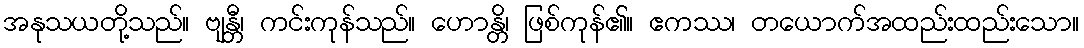
အနုသယတို့သည်။ ဗျန္တီ၊ ကင်းကုန်သည်။ ဟောန္တိ၊ ဖြစ်ကုန်၏။ ဧကဿ၊ တယောက်အထည်းထည်းသော။